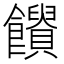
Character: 𩟱